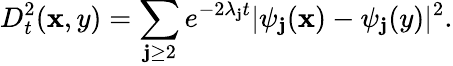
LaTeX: D_{t}^{2}(\mathbf{x},y)=\sum_{\mathbf{j}\geq2}e^{-2\lambda_{\mathbf{j}}t}|\psi_{\mathbf{j}}(\mathbf{x})-\psi_{\mathbf{j}}(y)|^{2}.